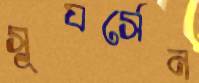
সূযর্সেন